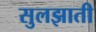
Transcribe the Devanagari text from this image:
सुलझाती